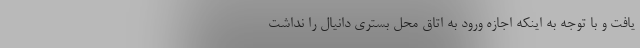
یافت و با توجه به اینکه اجازه ورود به اتاق محل بستری دانیال را نداشت